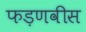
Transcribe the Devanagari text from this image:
फड़णवीस